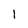
Character: 1